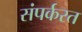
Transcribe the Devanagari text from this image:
संपर्करत